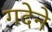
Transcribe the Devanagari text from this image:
गदेने